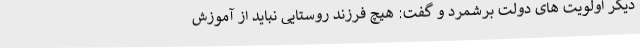
دیگر اولویت های دولت برشمرد و گفت: هیچ فرزند روستایی نباید از آموزش